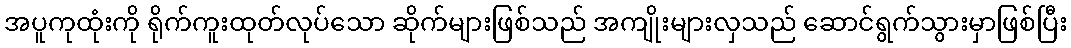
အပူကုထုံးကို ရိုက်ကူးထုတ်လုပ်သော ဆိုက်များဖြစ်သည် အကျိုးများလှသည် ဆောင်ရွက်သွားမှာဖြစ်ပြီး